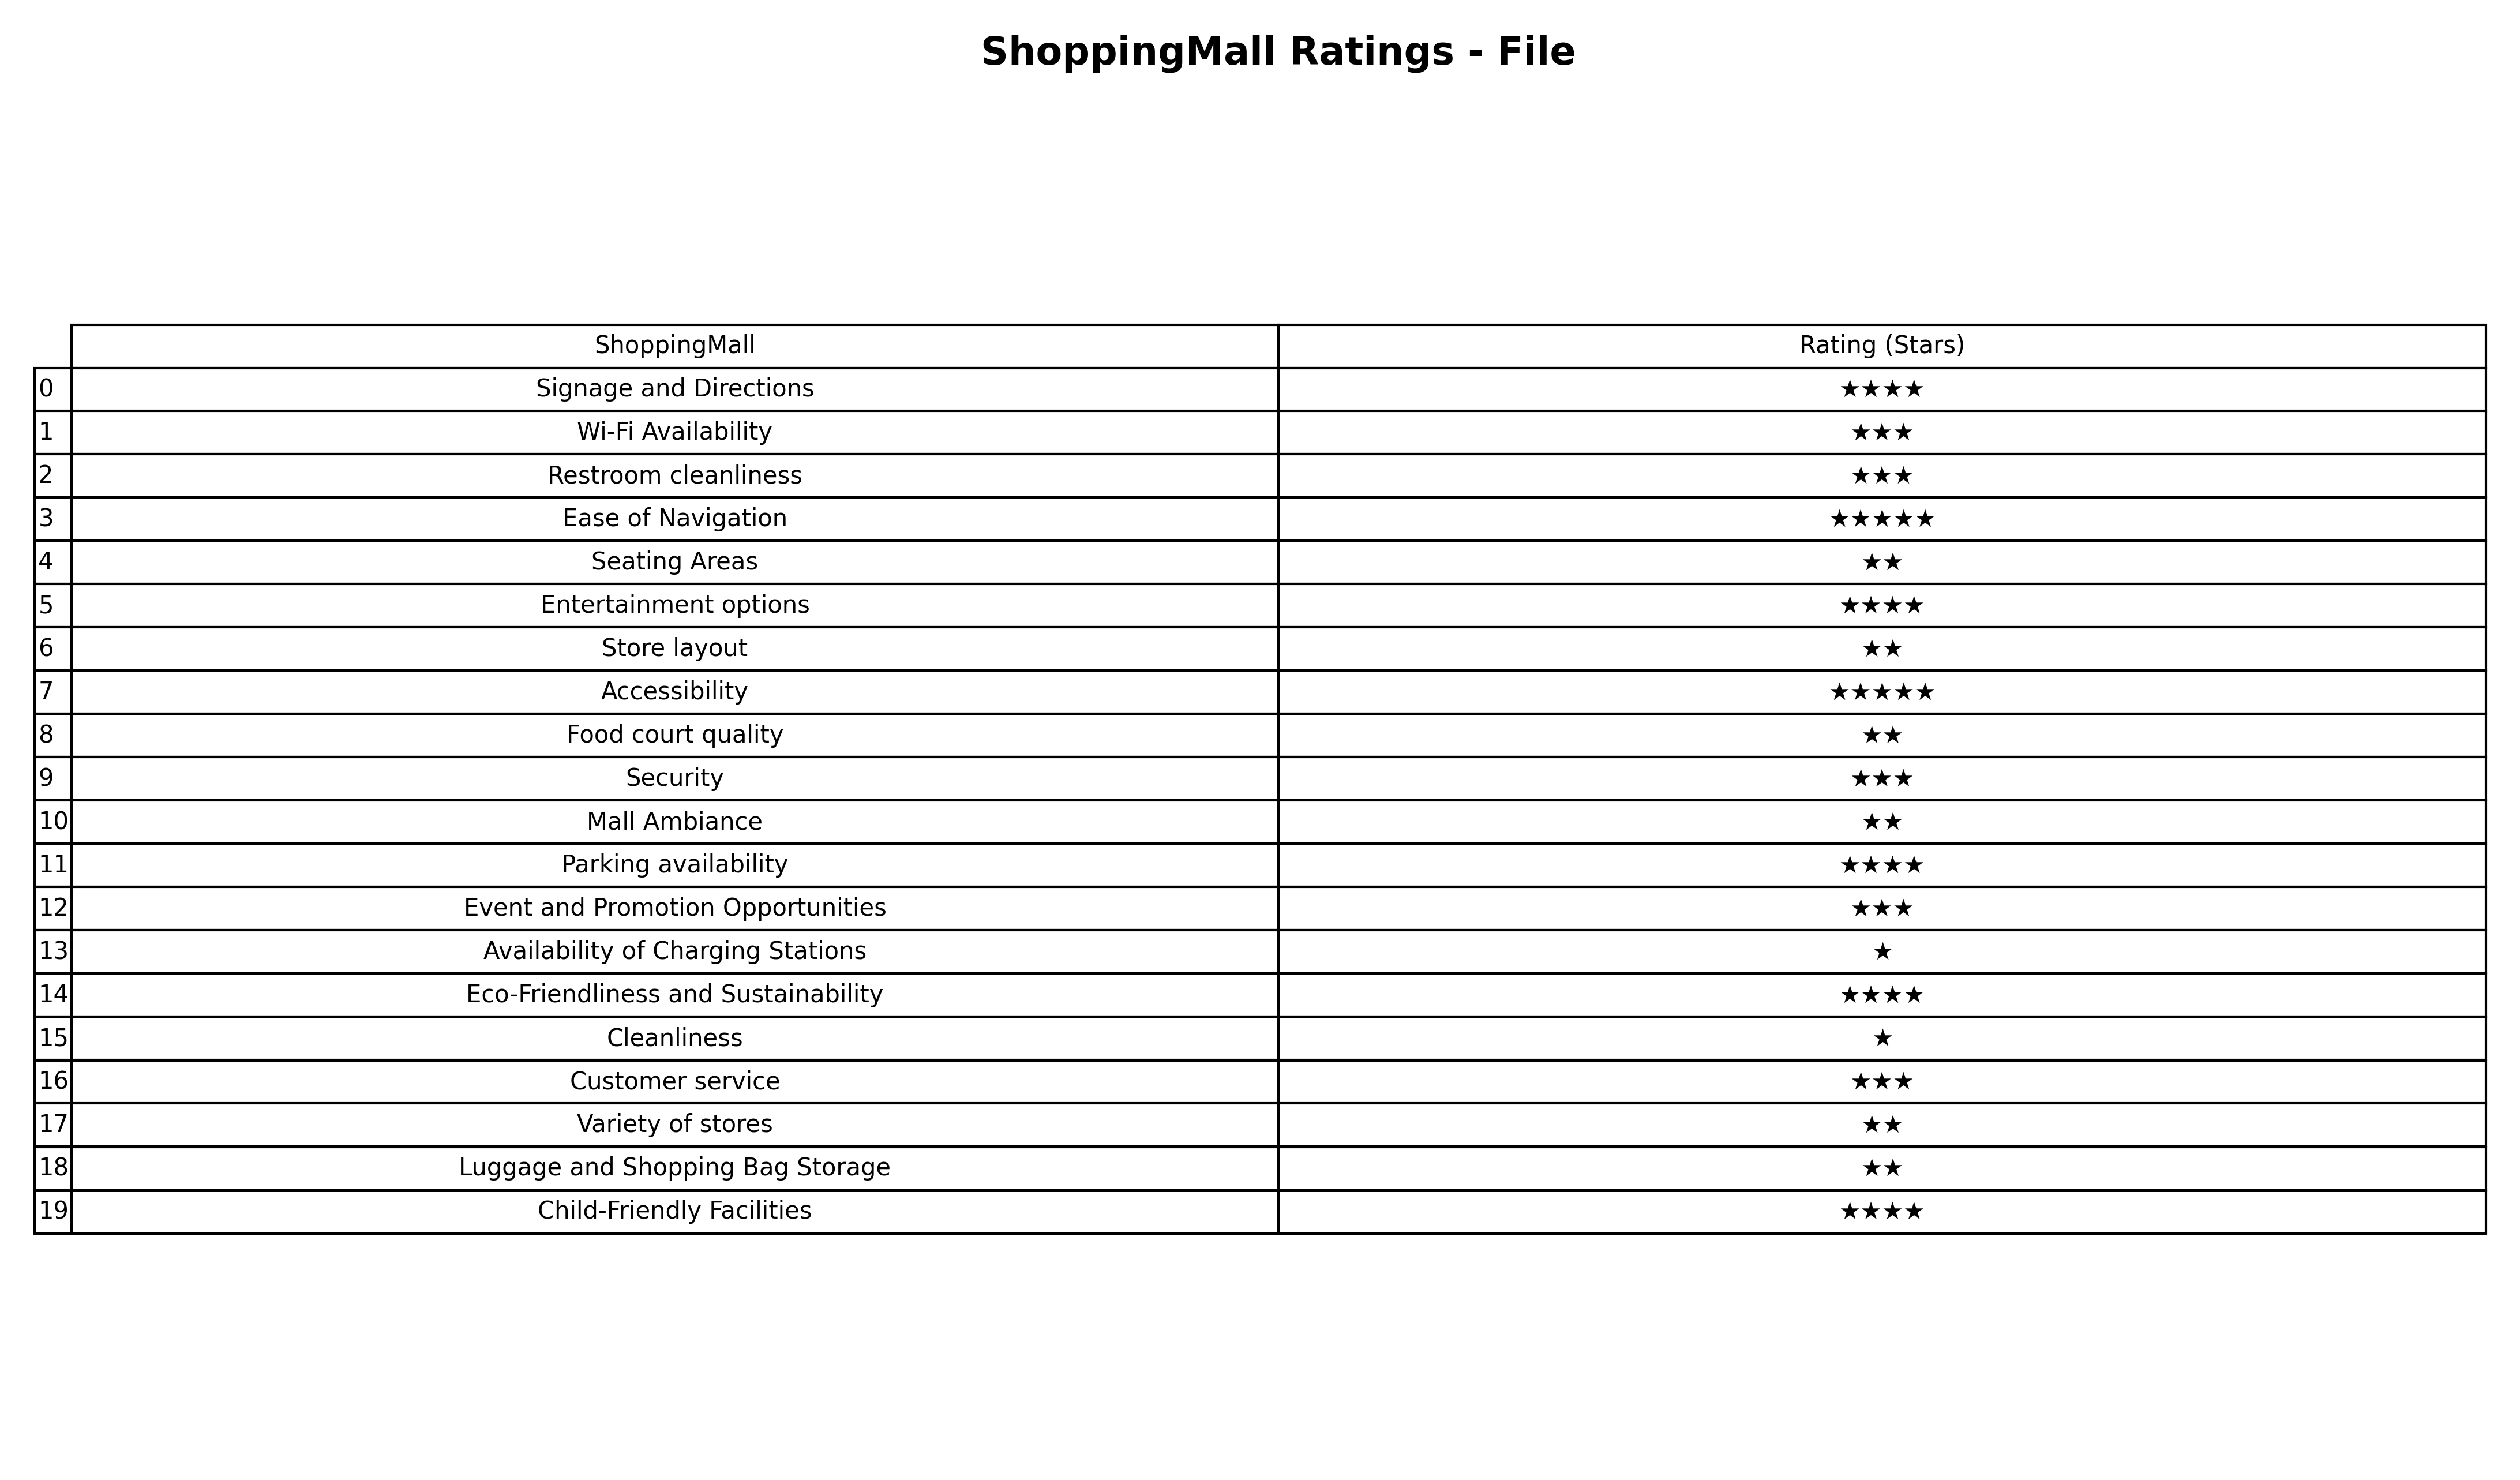
question: What are three star services?
answer: Wi-Fi AvailabilityRestroom cleanlinessSecurityEvent and Promotion OpportunitiesCustomer service